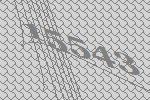
15543